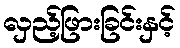
လှည့်ဖြားခြင်းနှင့်